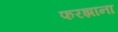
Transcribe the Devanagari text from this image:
फरझाना